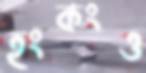
হংকংও